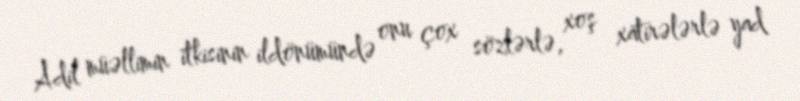
Adil müəllimin itkisinin ildönümündə onu çox sözlərlə, xoş xatirələrlə yad